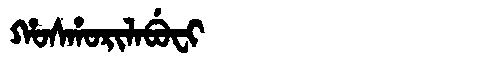
Manchu: ᡥᠣᠰᡥᠣᡵᡳᠯᠠᠪᡠᠸᡳ
Romanization: HOSHORILABUFI